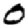
Digit: 0